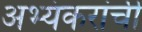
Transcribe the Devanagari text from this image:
अभ्यंकरांची